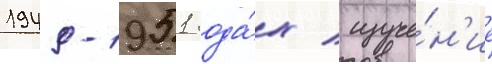
1949-1951 года́х / изуче́н'ие